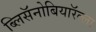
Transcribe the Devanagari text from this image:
ब्लिसॅनोबियारॅल्ला